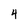
Character: 4